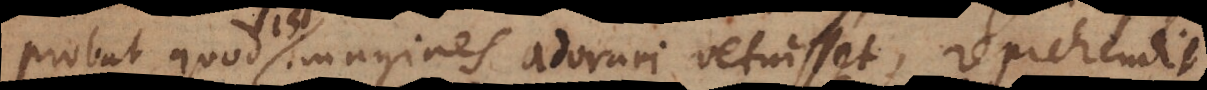
probat quod is imagines adorari vetuisset, reprehendit